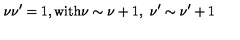
\nu \nu ^ { \prime } = 1 , \mathrm { w i t h } \nu \sim \nu + 1 , \ \nu ^ { \prime } \sim \nu ^ { \prime } + 1